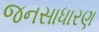
જનસાધારણ